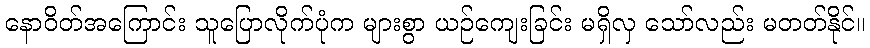
နောဝိတ်အကြောင်း သူပြောလိုက်ပုံက များစွာ ယဉ်ကျေးခြင်း မရှိလှ သော်လည်း မတတ်နိုင်။